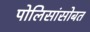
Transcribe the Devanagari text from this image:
पोलिसांसोबत